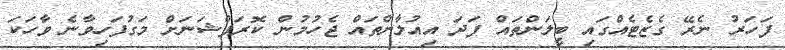
ފަހަރު ނެރޭ ގެޒެޓެއްގައި ބީލަންތައް ފަދަ އިއުލާންތައް ޖެހުމުން ކޮރަޕްޝަނަށް މަގުފަހިވާނެ ވާހަކަ